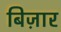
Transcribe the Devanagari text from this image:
बिज़ार